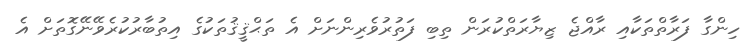
ހިންގާ ފަރާތްތަކާއި ރާއްޖެ ޒިޔާރަތްކުރަން ތިބި ފަތުރުވެރިންނަށް އެ ތަޙްޤީޤުތަކުގެ އިތުބާރުކުރެވޭނޭގޮތަށް އެ